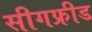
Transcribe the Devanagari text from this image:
सीगफ्रीड